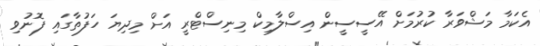
އެކަމާ މަޝްވަރާ ކުރުމަށް އޭސީސީން އިސްލާމިކް މިނިސްޓްރީ އަށް މިދިޔަ ހަފުތާގައި ފޮނުވި